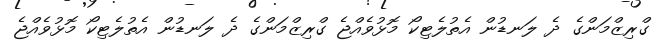
ގްރިޒްމަންގެ ދެ ލަނޑުން އެތުލެޓިކޯ މޮޅުވެއްޖެ ގްރިޒްމަންގެ ދެ ލަނޑުން އެތުލެޓިކޯ މޮޅުވެއްޖެ